Indian journal of veterinary science and animal husbandry - Volume 13,
Year: 1943
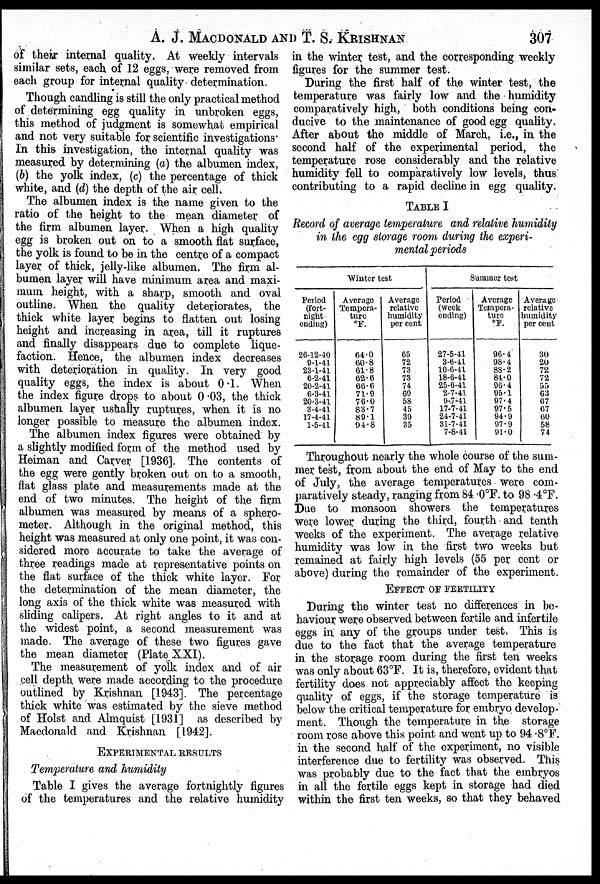
A. J. MACDONALD AND T. S.
KRISHNAN
307
of their internal quality. At weekly intervals
similar sets, each of 12 eggs, were removed from
each group for internal quality determination.
Though candling is still the only practical method
of determining egg quality in unbroken eggs,
this method of judgment is somewhat empirical
and not very suitable for scientific investigations.
In this investigation, the internal quality was
measured by determining (a) the albumen index,
(b) the yolk index, (c) the percentage of thick
white, and (d) the depth of the air cell.
The albumen index is the name given to the
ratio of the height to the mean diameter of
the firm albumen layer. When a high quality
egg is broken out on to a smooth flat surface,
the yolk is found to be in the centre of a compact
layer of thick, jelly-like albumen. The firm al-
bumen layer will have minimum area and maxi-
mum height, with a sharp, smooth and oval
outline. When the quality deteriorates, the
thick white layer begins to flatten out losing
height and increasing in area, till it ruptures
and finally disappears due to complete lique-
faction. Hence, the albumen index decreases
with deterioration in quality. In very good
quality eggs, the index is about 0.1. When
the index figure drops to about 0.03, the thick
albumen layer usually ruptures, when it is no
longer possible to measure the albumen index.
The albumen index figures were obtained by
a slightly modified form of the method used by
Heiman and Carver [1936]. The contents of
the egg were gently broken out on to a smooth,
flat glass plate and measurements made at the
end of two minutes. The height of the firm
albumen was measured by means of a sphero-
meter. Although in the original method, this
height was measured at only one point, it was con-
sidered more accurate to take the average of
three readings made at representative points on
the flat surface of the thick white layer. For
the determination of the mean diameter, the
long axis of the thick white was measured with
sliding calipers. At right angles to it and at
the widest point, a second measurement was
made. The average of these two figures gave
the mean diameter (Plate XXI).
The measurement of yolk index and of air
cell depth were made according to the procedure
outlined by Krishnan [1943]. The percentage
thick white was estimated by the sieve method
of Holst and Almquist [1931] as described by
Macdonald and Krishnan [1942].
EXPERIMENTAL RESULTS
Temperature and humidity
Table I gives the average fortnightly figures
of the temperatures and the relative humidity
in the winter test, and the corresponding weekly
figures for the summer test.
During the first half of the winter test, the
temperature was fairly low and the humidity
comparatively high, both conditions being con-
ducive to the maintenance of good egg quality.
After about the middle of March, i.e., in the
second half of the experimental period, the
temperature rose considerably and the relative
humidity fell to comparatively low levels, thus
contributing to a rapid decline in egg quality.
TABLE I
Record of average temperature and relative humidity
in the egg storage room during the experi-
mental periods
Winter test
Period
(fort-
night
ending)
26-12-40
9-1-41
23-1-41
6-2-41
20-2-41
6-3-41
20-3-41
3-4-41
17-4-41
1-5-41
Average
Tempera-
ture
ºF.
64.0
60.8
61.8
62.6
66.6
71.9
76.0
83.7
89.1
94.8
Average
relative
humidity
per cent
65
72
73
73
74
69
58
45
39
35
Summer test
Period
(week
ending)
27-5-41
3-6-41
10-6-41
18-6-41
25-6-41
2-7-41
9-7-41
17-7-41
24-7-41
31-7-41
7-8-41
Average
Tempera-
ture
ºF.
96.4
98.4
88.2
84.0
96.4
95.1
97.4
97.5
94.9
97.9
91.0
Average
relative
humidity
per cent
30
20
72
72
55
63
67
67
60
58
74
Throughout nearly the whole course of the sum-
mer test, from about the end of May to the end
of July, the average temperatures were com-
paratively steady, ranging from 84.0ºF. to 98.4ºF.
Due to monsoon showers the temperatures
were lower during the third, fourth and tenth
weeks of the experiment. The average relative
humidity was low in the first two weeks but
remained at fairly high levels (55 per cent or
above) during the remainder of the experiment.
EFFECT OF FERTILITY
During the winter test no differences in be-
haviour were observed between fertile and infertile
eggs in any of the groups under test. This is
due to the fact that the average temperature
in the storage room during the first ten weeks
was only about 63ºF. It is, therefore, evident that
fertility doe s not appreciably affect the keeping
quality of eggs, if the storage temperature is
below the critical temperature for embryo develop-
ment. Though the temperature in the storage
room rose above this point and went up to 94.8ºF.
in the second half of the experiment, no visible
interference due to fertility was observed. This
was probably due to the fact that the embryos
in all the fertile eggs kept in storage had died
within the first ten weeks, so that they behaved